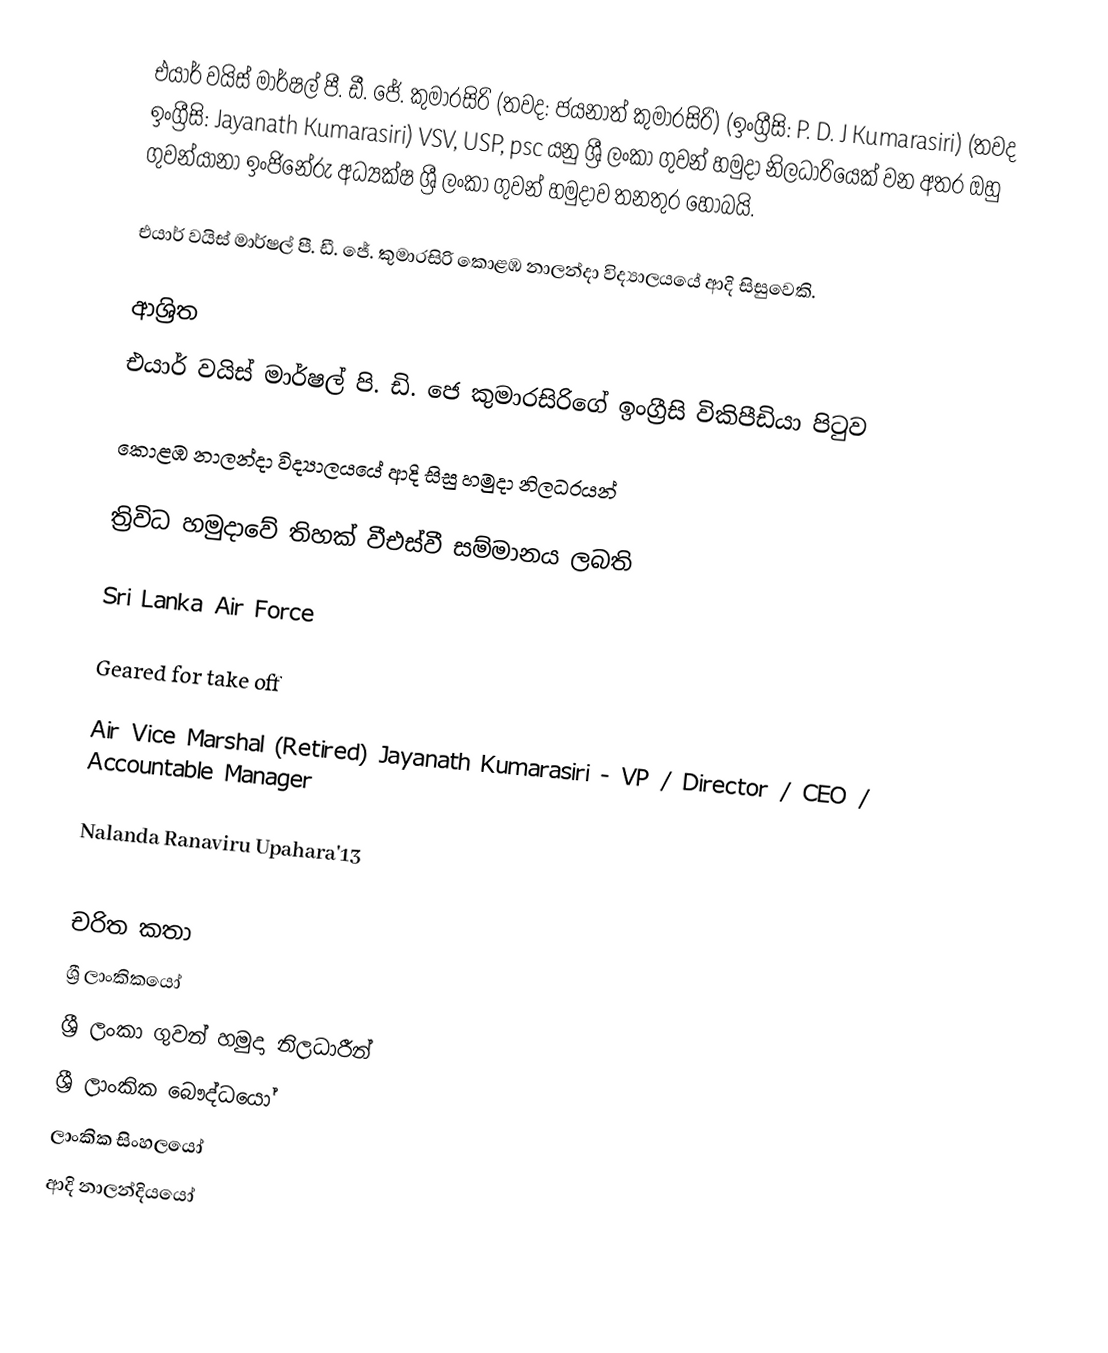
එයාර් වයිස් මාර්ෂල් පී. ඩී. ජේ. කුමාරසිරි (තවද: ජයනාත් කුමාරසිරි) (ඉංග්‍රීසි: P. D. J Kumarasiri) (තවද ඉංග්‍රීසි: Jayanath Kumarasiri) VSV, USP, psc යනු  ශ්‍රී ලංකා ගුවන් හමුදා නිලධාරියෙක් වන අතර ඔහු ගුවන්යානා ඉංජිනේරු අධ්‍යක්ෂ ශ්‍රී ලංකා ගුවන් හමුදාව තනතුර හොබයි.

එයාර් වයිස් මාර්ෂල් පී. ඩී. ජේ. කුමාරසිරි  කොළඹ නාලන්දා විද්‍යාලයයේ ආදි සිසුවෙකි.

ආශ්‍රිත
 එයාර් වයිස් මාර්ෂල් පි. ඩි. ජෙ කුමාරසිරිගේ ඉංග්‍රීසි විකිපීඩියා පිටුව

 කොළඹ නාලන්දා විද්‍යාලයයේ ආදි සිසු හමුදා නිලධරයන්

 ත්‍රිවිධ හමුදාවේ තිහක් වීඑස්වී සම්මානය ලබති

 Sri Lanka Air Force

 Geared for take off

 Air Vice Marshal (Retired) Jayanath Kumarasiri - VP / Director / CEO / Accountable Manager

 Nalanda Ranaviru Upahara'13

චරිත කතා
ශ්‍රී ලාංකිකයෝ
ශ්‍රී ලංකා ගුවන් හමුදා නිලධාරීන්
ශ්‍රී ලාංකික බෞද්ධයෝ
ලාංකික සිංහලයෝ
ආදි නාලන්දියයෝ